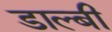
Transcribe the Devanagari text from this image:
डाल्बी